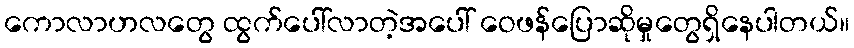
ကောလာဟလတွေ ထွက်ပေါ်လာတဲ့အပေါ် ဝေဖန်ပြောဆိုမှုတွေရှိနေပါတယ်။